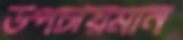
উপচীয়মান